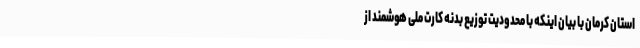
استان کرمان با بیان اینکه با محدودیت توزیع بدنه کارت ملی هوشمند از